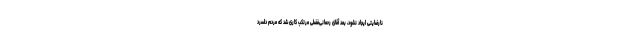
نارضایتی ایجاد نشود، بعد آقای رحمانی‌فضلی مرتکب کاری شد که مردم دلسرد